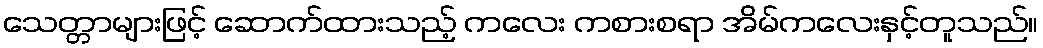
သေတ္တာများဖြင့် ဆောက်ထားသည့် ကလေး ကစားစရာ အိမ်ကလေးနှင့်တူသည်။